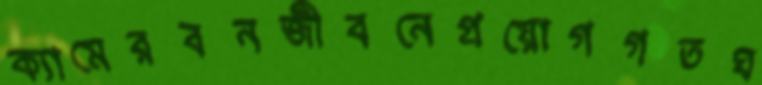
ক্যামেরবনজীবনেপ্রয়োগগতঘ